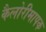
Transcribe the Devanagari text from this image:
कैलोरीमापक